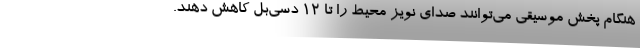
هنگام پخش موسیقی می‌توانند صدای نویز محیط را تا ۱۲ دسی‌بل کاهش دهند.